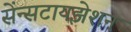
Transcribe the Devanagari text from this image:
सेंन्सटायझेशन